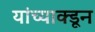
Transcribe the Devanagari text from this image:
यांच्याक्डून